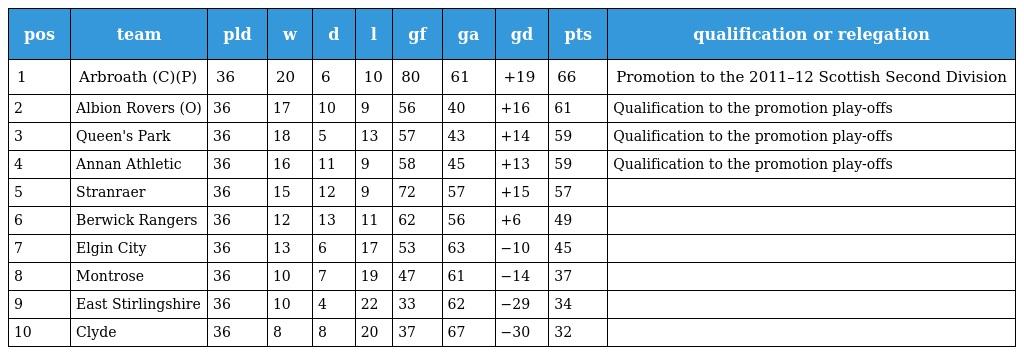
| pos | team | pld | w | d | l | gf | ga | gd | pts | qualification or relegation |
 | --- | --- | --- | --- | --- | --- | --- | --- | --- | --- | --- |
 | 1 | Arbroath (C)(P) | 36 | 20 | 6 | 10 | 80 | 61 | +19 | 66 | Promotion to the 2011–12 Scottish Second Division |
 | 2 | Albion Rovers (O) | 36 | 17 | 10 | 9 | 56 | 40 | +16 | 61 | Qualification to the promotion play-offs |
 | 3 | Queen's Park | 36 | 18 | 5 | 13 | 57 | 43 | +14 | 59 | Qualification to the promotion play-offs |
 | 4 | Annan Athletic | 36 | 16 | 11 | 9 | 58 | 45 | +13 | 59 | Qualification to the promotion play-offs |
 | 5 | Stranraer | 36 | 15 | 12 | 9 | 72 | 57 | +15 | 57 |  |
 | 6 | Berwick Rangers | 36 | 12 | 13 | 11 | 62 | 56 | +6 | 49 |  |
 | 7 | Elgin City | 36 | 13 | 6 | 17 | 53 | 63 | −10 | 45 |  |
 | 8 | Montrose | 36 | 10 | 7 | 19 | 47 | 61 | −14 | 37 |  |
 | 9 | East Stirlingshire | 36 | 10 | 4 | 22 | 33 | 62 | −29 | 34 |  |
 | 10 | Clyde | 36 | 8 | 8 | 20 | 37 | 67 | −30 | 32 |  |